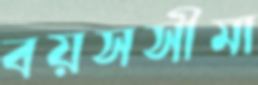
বয়সসীমা